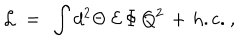
LaTeX: { \cal L } \ = \ \int d ^ { 2 } \Theta \ { \cal E } \, \Phi \, Q ^ { 2 } \, + \, \mathrm { h . c . } ~ ,